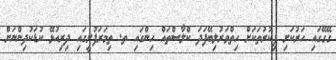
ގޭގޭގައި ހަރުކަށި ފިކުރުތަކަށް ހިތްވަރުލިބޭފަދަ ކްލާސްތައް ހިންގައި ތ. ތިމަރަފުށީގައި ދިރިއުޅޭ ކުޑަކުދިންނަށް